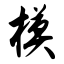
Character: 模